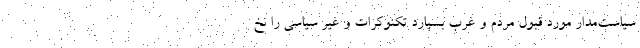
سیاست‌مدار مورد قبول مردم و غرب بسپارد تکنوکرات و غیر سیاسی را نخ